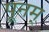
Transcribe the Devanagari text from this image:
पूनम्